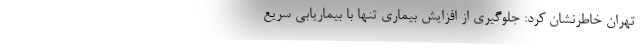
تهران خاطرنشان کرد: جلوگیری از افزایش بیماری تنها با بیماریابی سریع